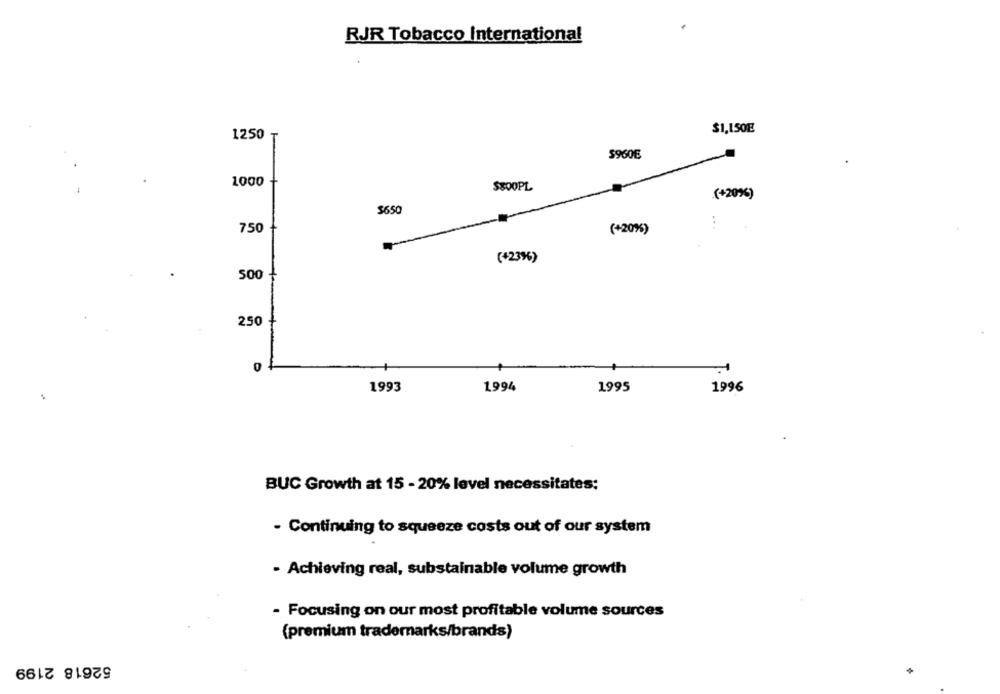
RJR Tobacco International
$1,150E
1250 ₸
$960€
1000
$800PL
(+20%)
$650
750
(+20%)
(+23%)
500
250
1993
1994
1996
1995
BUC Growth at 15 - 20% level necessitates;
- Continuing to squeeze costs out of our system
- Achieving real, substainable volume growth
- Focusing on our most profitable volume sources
(premium trademarks/brands)
52618 2199